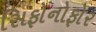
સિફોનોફોર